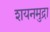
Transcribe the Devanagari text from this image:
शयनमुद्रा